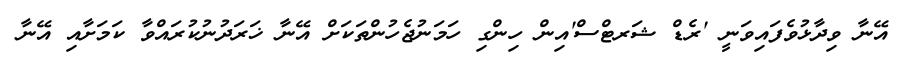
އޭނާ ވިދާޅުވެފައިވަނީ 'ރެޑް ޝަރޓްސް'އިން ހިންގި ހަމަނުޖެހުންތަކަށް އޭނާ ޚަރަދުނުކުރައްވާ ކަމަށާއި އޭނާ